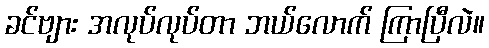
ခင်ဗျား အလုပ်လုပ်တာ ဘယ်လောက် ကြာပြီလဲ။